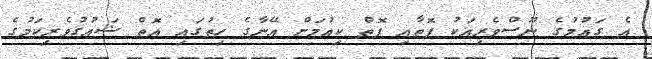
އެ ގައުމުގެ ނޫސްވެރިއަކު ފޮތާއި ފޮތް ކިއުމަށް އޭނާގެ ހިތުގައި އޮތް ޝައުގުވެރިކަމުގެ